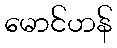
မောင်ဟန်